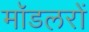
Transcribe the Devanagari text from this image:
मॉडलरों